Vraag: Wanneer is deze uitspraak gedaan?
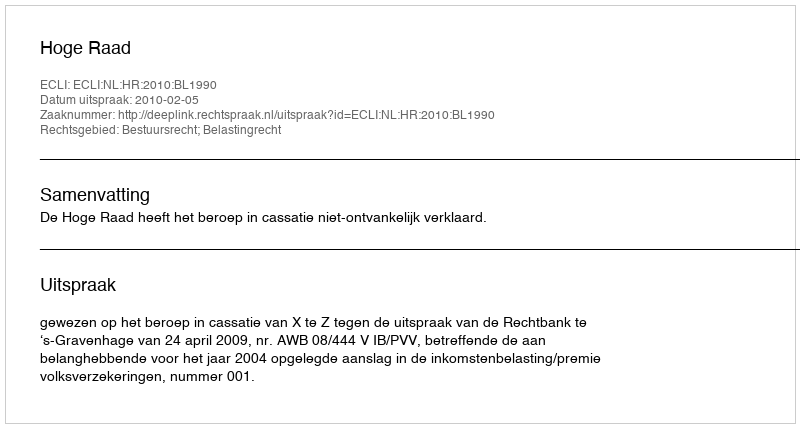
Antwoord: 2010-02-05